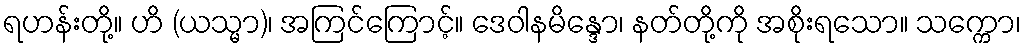
ရဟန်းတို့။ ဟိ (ယသ္မာ)၊ အကြင်ကြောင့်။ ဒေဝါနမိန္ဒော၊ နတ်တို့ကို အစိုးရသော။ သက္ကော၊